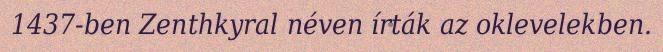
1437-ben Zenthkyral néven írták az oklevelekben.